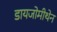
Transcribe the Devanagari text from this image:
डायजोमीथेन